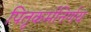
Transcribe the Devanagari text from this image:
पितृकर्मनिर्णय